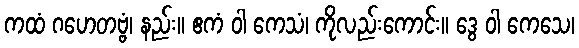
ကထံ ဂဟေတဗ္ဗံ၊ နည်း။ ဧကံ ဝါ ကေသံ၊ ကိုလည်းကောင်း။ ဒွေ ဝါ ကေသေ၊